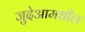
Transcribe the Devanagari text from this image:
जुदेआमधील